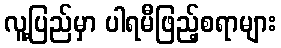
လူ့ပြည်မှာ ပါရမီဖြည့်စရာများ